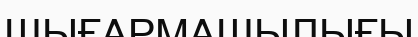
ШЫҒАРМАШЫЛЫҒЫ